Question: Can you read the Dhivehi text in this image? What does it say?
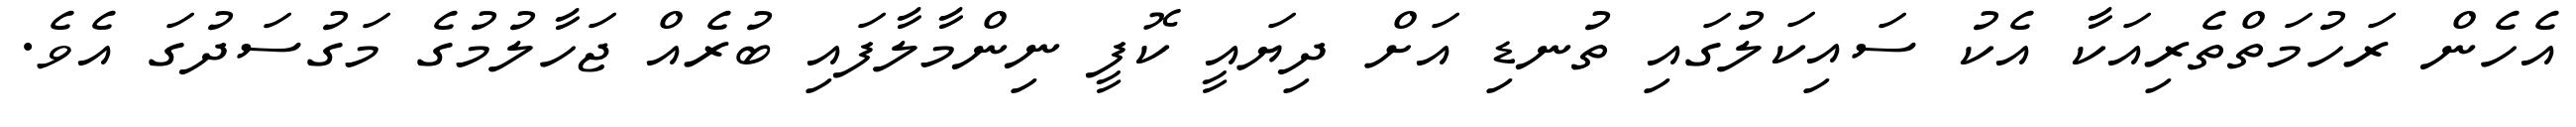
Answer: އެހެން ރަހުމަތްތެރިއަކާ އެކު ސައިކަލުގައި ތުނޑި އަށް ދިޔައީ ކޮފީ ނިންމާލާފައި ބުރެއް ޖަހާލުމުގެ މަގުސަދުގަ އެވެ.